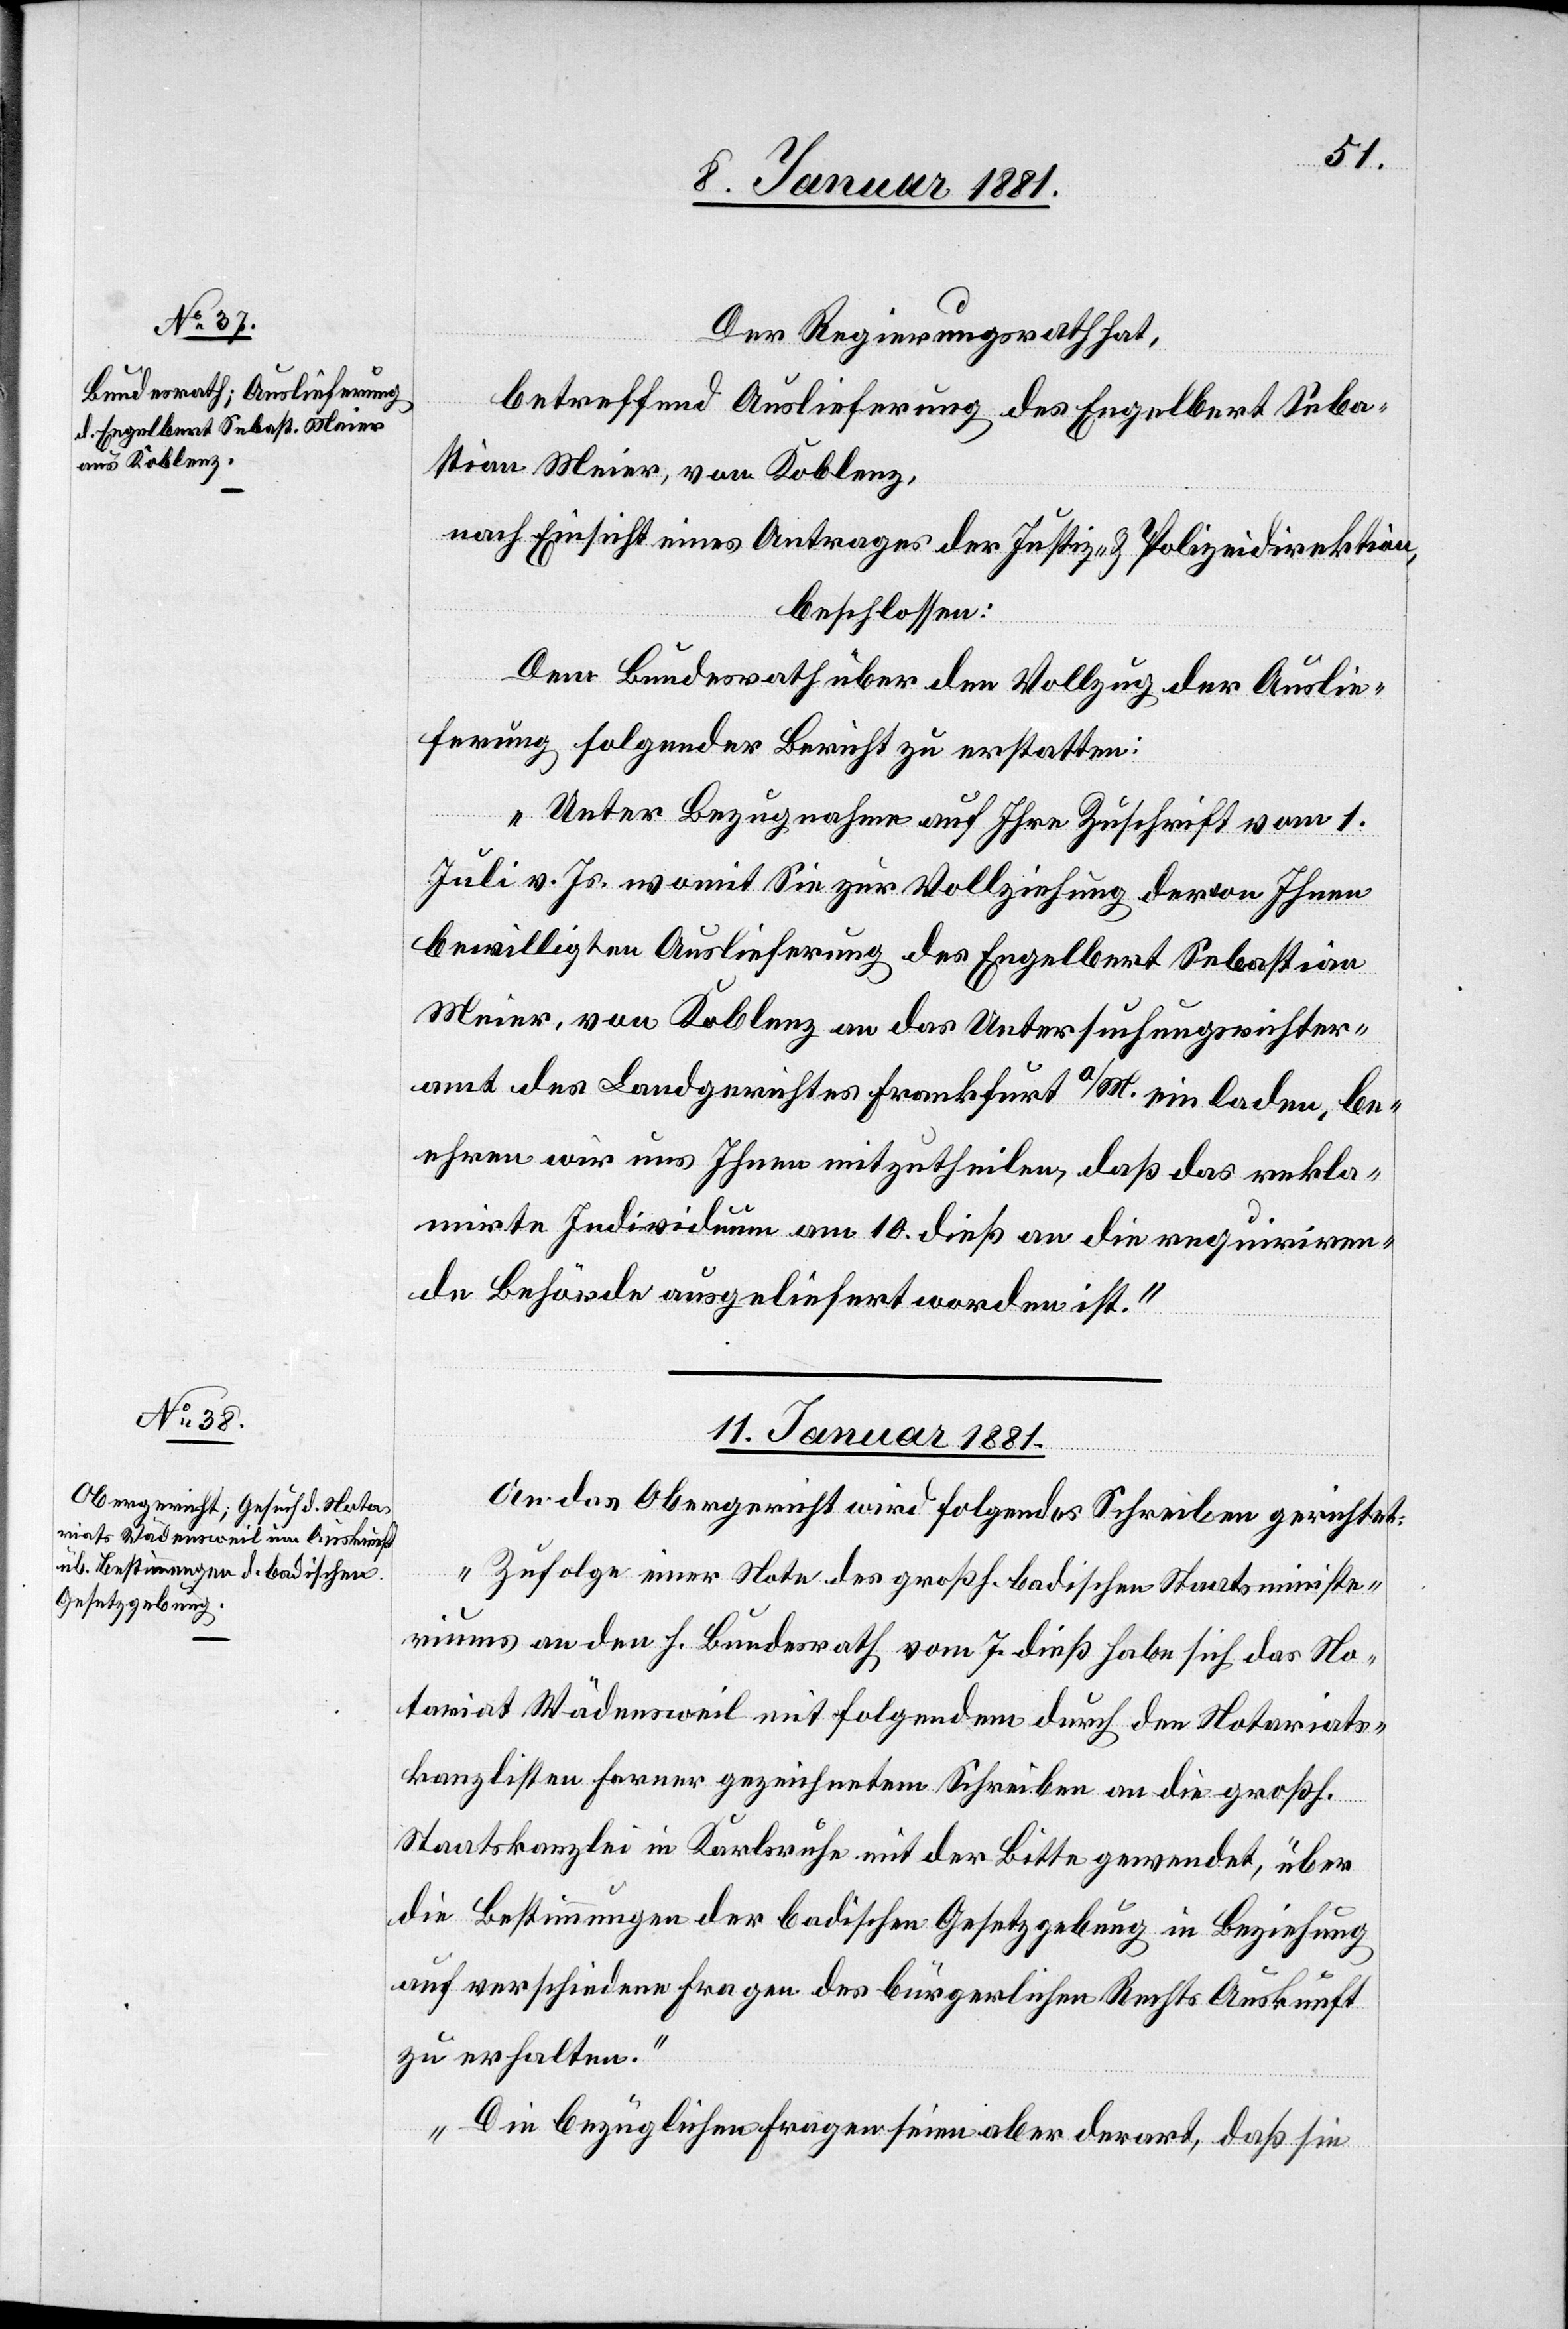
Der Regierungsrath hat,
betreffend Auslieferung des Engelbert Seba¬
stian Meier, von Koblenz,
nach Einsicht eines Antrages der Justiz- & Polizeidirektion,
beschlossen:
Dem Bundesrath über den Vollzug der Auslie¬
ferung folgender Bericht zu erstatten:
„Unter Bezugnahme auf Ihre Zuschrift vom 1.
Juli v. Js. womit Sie zur Vollziehung der von Ihnen
bewilligten Auslieferung des Engelbert Sebastian
Meier, von Koblenz an das Untersuchungsrichter¬
amt des Landgerichtes Frankfurt a/M. einladen, be¬
ehren wir uns Ihnen mitzutheilen, daß das rekla¬
mirte Individuum am 10. dieß an die requiriren¬
de Behörde ausgeliefert worden ist.“
11. Januar 1881.
An das Obergericht wird folgendes Schreiben gerichtet:
„Zufolge einer Note des großh. badischen Staatsministe¬
riums an den h. Bundesrath vom 7. dieß habe sich das No¬
tariat Wädensweil mit folgendem durch den Notariats¬
kanzlisten ferner gezeichnetem Schreiben an die großh.
Staatskanzlei in Karlsruhe mit der Bitte gewendet, über
die Bestimmungen der badischen Gesetzgebung in Beziehung
auf verschiedene Fragen des bürgerlichen Rechts Auskunft
zu erhalten.“
„Die bezüglichen Fragen seien aber derart, daß sie